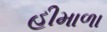
હીમાળા